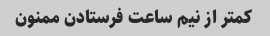
کمتر از نیم ساعت فرستادن ممنون